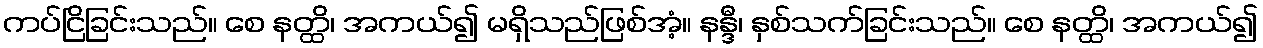
ကပ်ငြိခြင်းသည်။ စေ နတ္ထိ၊ အကယ်၍ မရှိသည်ဖြစ်အံ့။ နန္ဒီ၊ နှစ်သက်ခြင်းသည်။ စေ နတ္ထိ၊ အကယ်၍